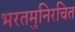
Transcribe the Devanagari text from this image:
भरतमुनिरचित